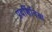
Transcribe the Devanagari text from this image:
प्रदर्शिनियां